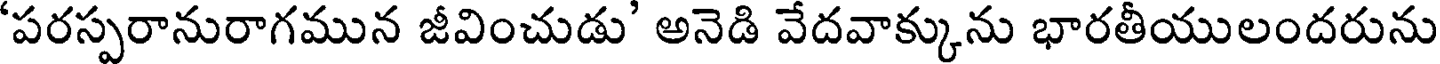
'పరస్పరానురాగమున జీవించుడు' అనెడి వేదవాక్కును భారతీయులందరును